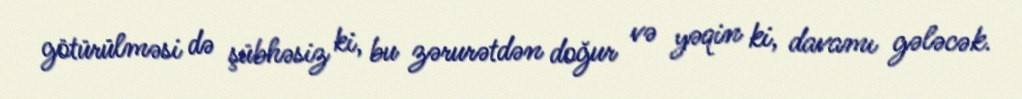
götürülməsi də şübhəsiz ki, bu zərurətdən doğur və yəqin ki, davamı gələcək.